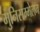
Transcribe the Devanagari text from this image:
मुनिसम्मेलन